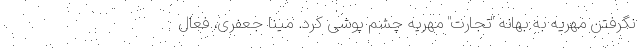
نگرفتن مهریه به بهانه "تجارت" مهریه چشم پوشی کرد. مینا جعفری، فعال